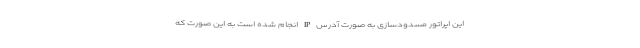
این اپراتور مسدودسازی به صورت آدرس IP انجام شده است به این صورت که